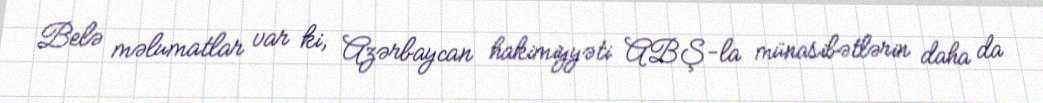
Belə məlumatlar var ki, Azərbaycan hakimiyyəti ABŞ-la münasibətlərin daha da